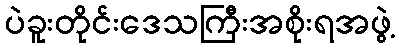
ပဲခူးတိုင်းဒေသကြီးအစိုးရအဖွဲ့